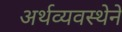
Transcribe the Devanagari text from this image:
अर्थव्यवस्थेने